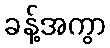
ခန့်အကွာ